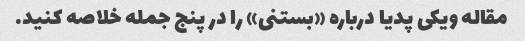
مقاله ویکی پدیا درباره «بستنی» را در پنج جمله خلاصه کنید.